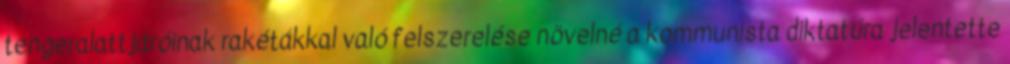
tengeralattjáróinak rakétákkal való felszerelése növelné a kommunista diktatúra jelentette